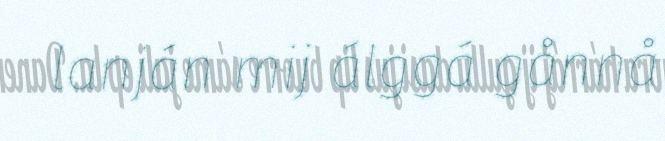
lanján mij álggá gånnå